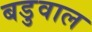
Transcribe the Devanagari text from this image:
बडुवाल